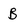
Character: B